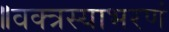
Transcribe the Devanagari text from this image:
॥वक्त्रस्याभरणं